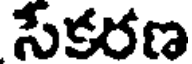
సేకరణ